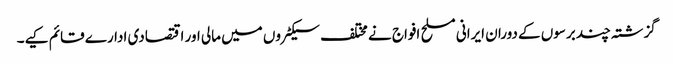
گزشتہ چند برسوں کے دوران ایرانی مسلح افواج نے مختلف سیکٹروں میں مالی اور اقتصادی ادارے قائم کیے۔